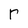
Character: r